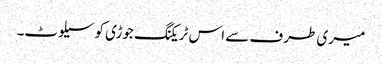
میری طرف سے اس ٹریکنگ جوڑی کو سیلوٹ۔